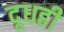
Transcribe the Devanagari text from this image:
दूधही